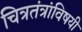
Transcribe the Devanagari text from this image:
चित्रतंत्रांविषयी